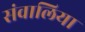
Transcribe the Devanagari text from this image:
संवालिया